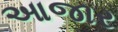
આજાર